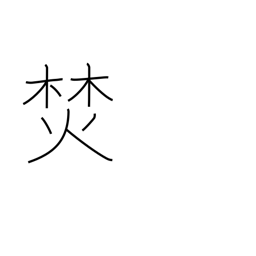
Meaning: build a fire